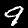
Label: 9